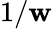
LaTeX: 1/\mathbf{w}